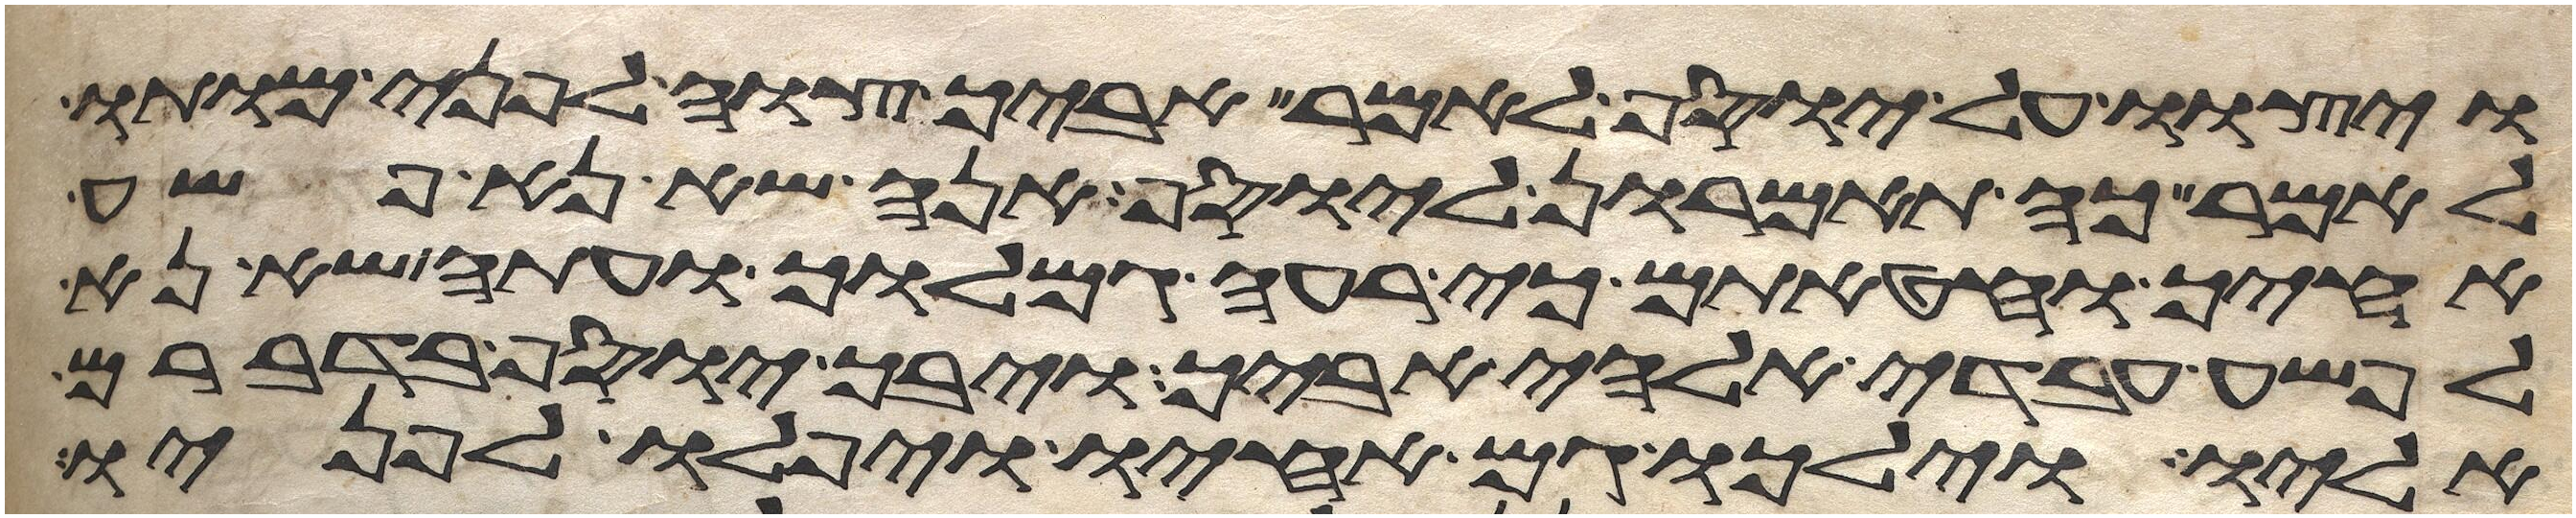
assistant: ויצוו על יוסף לאמר אביך צוה לפני מותו
לאמר כה תאמרון ליוסף אנה שא נא פשע
אחיך וחטאתם כי רעה גמלוך ועתה שא נא
לפשע עבדי אלהי אביך ויבך יוסף בדברם
אליו וילכו גם אחיו ויפלו לפניו